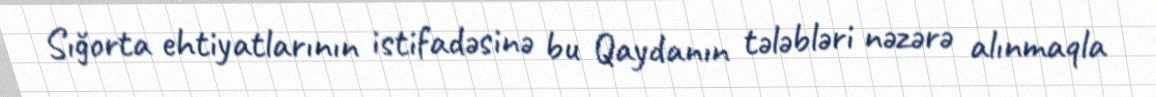
Sığorta ehtiyatlarının istifadəsinə bu Qaydanın tələbləri nəzərə alınmaqla